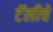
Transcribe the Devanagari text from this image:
टॅलीचे